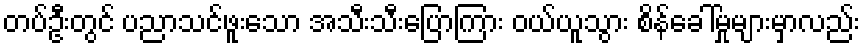
တပ်ဦးတွင် ပညာသင်ဖူးသော အသီးသီးပြောကြား ဝယ်ယူသွား စိန်ခေါ်မှုများမှာလည်း